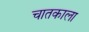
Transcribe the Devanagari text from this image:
चातकाला